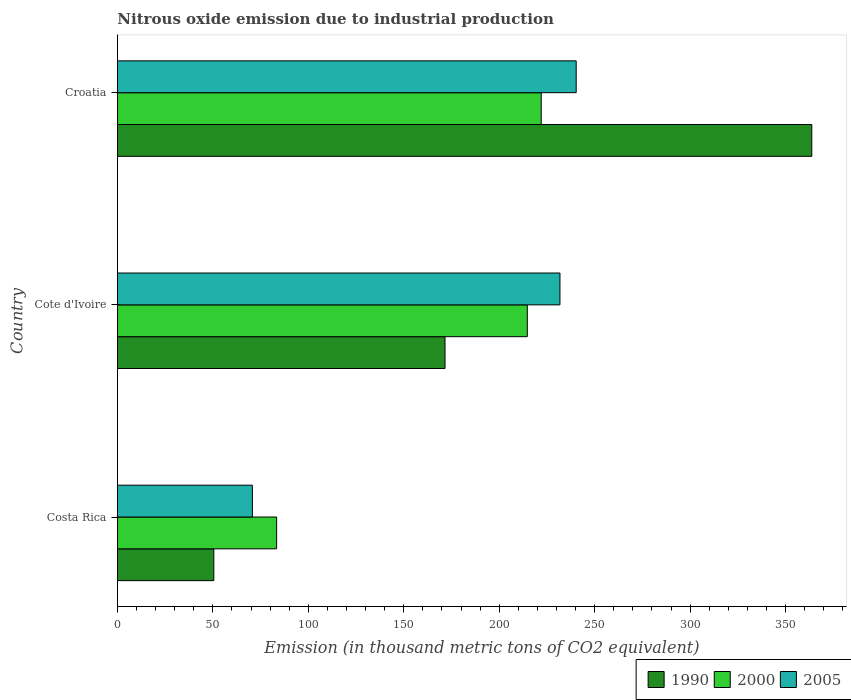
| Country | 1990 | 2000 | 2005 |
 | --- | --- | --- | --- |
 | Costa Rica | 50.5 | 83.4 | 70.7 |
 | Cote d'Ivoire | 172 | 215 | 232 |
 | Croatia | 364 | 222 | 240 |